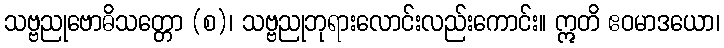
သဗ္ဗညုဗောဓိသတ္တော (စ)၊ သဗ္ဗညုဘုရားလောင်းလည်းကောင်း။ ဣတိ ဧဝမာဒယော၊